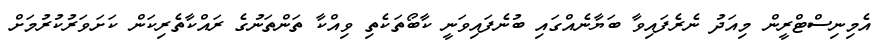
އެމިނިސްޓްރީން މިއަދު ނެރެފައިވާ ބަޔާނެއްގައި ބުނެފައިވަނީ ކާބޯތަކެތި ވިއްކާ ތަންތަނުގެ ރައްކާތެރިކަން ކަށަވަރުކުރުމަށް